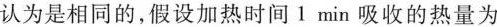
认为是相同的，假设加热时间I min吸收的热量为